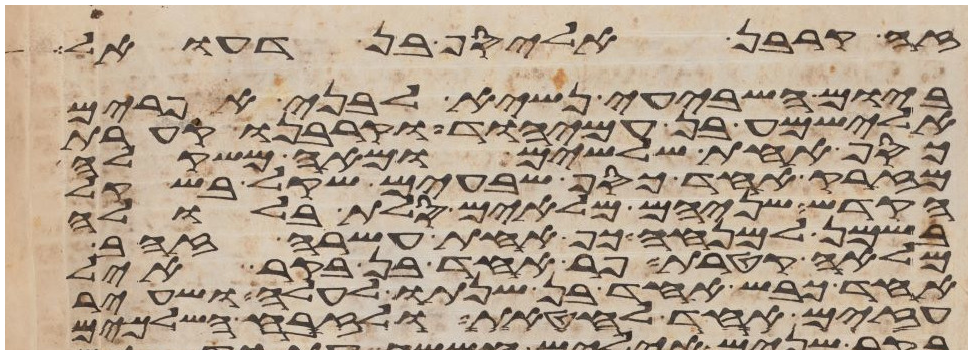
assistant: זה קרבן אליסף בן דעואל
ביום השביעי נשיא לבני אפרים
אלישמע בן עמיהוד וקרבנו קערת
כסף אחת שלשים ומאה משקלה
מזרק אחד כסף שבעים שקל בשקל
הקדש שניהם מלאים סלת בלולה
בשמן למנחה כף אחת עשרה זהב
מלאה קטרת פר אחד בן בקר איל
אחד כבש אחד בן שנתו לעלה ושעיר
עזים אחד לחטאת ולזבח השלמים